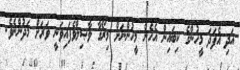
އަދި އެފަދަ މީހުންގެ ކިބައިން އެހެން މީހުންނަށް މިރޯގާ ވާޞިލްވެފައިވަނީ ވަރަށް މަދުންނެވެ.